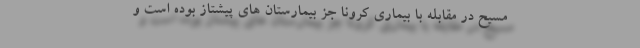
مسیح در مقابله با بیماری کرونا جز بیمارستان های پیشتاز بوده است و